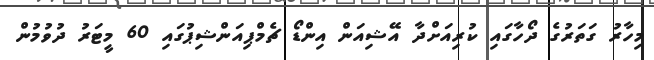
މިހާރު ގަތަރުގެ ދޯހާގައި ކުރިއަށްދާ އޭޝިއަން އިންޑޯ ޗެމްޕިއަންޝިޕުގައި 60 މީޓަރު ދުވުމުން